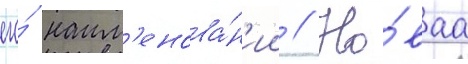
его́ наим'енова́н'ии // Но́ваа